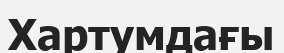
Хартумдағы